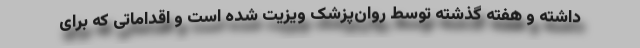
داشته و هفته گذشته توسط روان‌پزشک ویزیت شده است و اقداماتی که برای